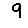
Digit: 9